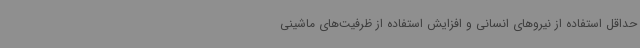
حداقل استفاده از نیروهای انسانی و افزایش استفاده از ظرفیت‌های ماشینی